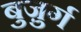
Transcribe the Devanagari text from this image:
बुजु़र्ग